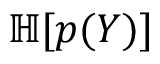
\mathbb { H } [ p ( Y ) ]